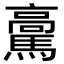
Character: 𩥊